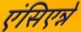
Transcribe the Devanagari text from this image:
एंसिएन्ने